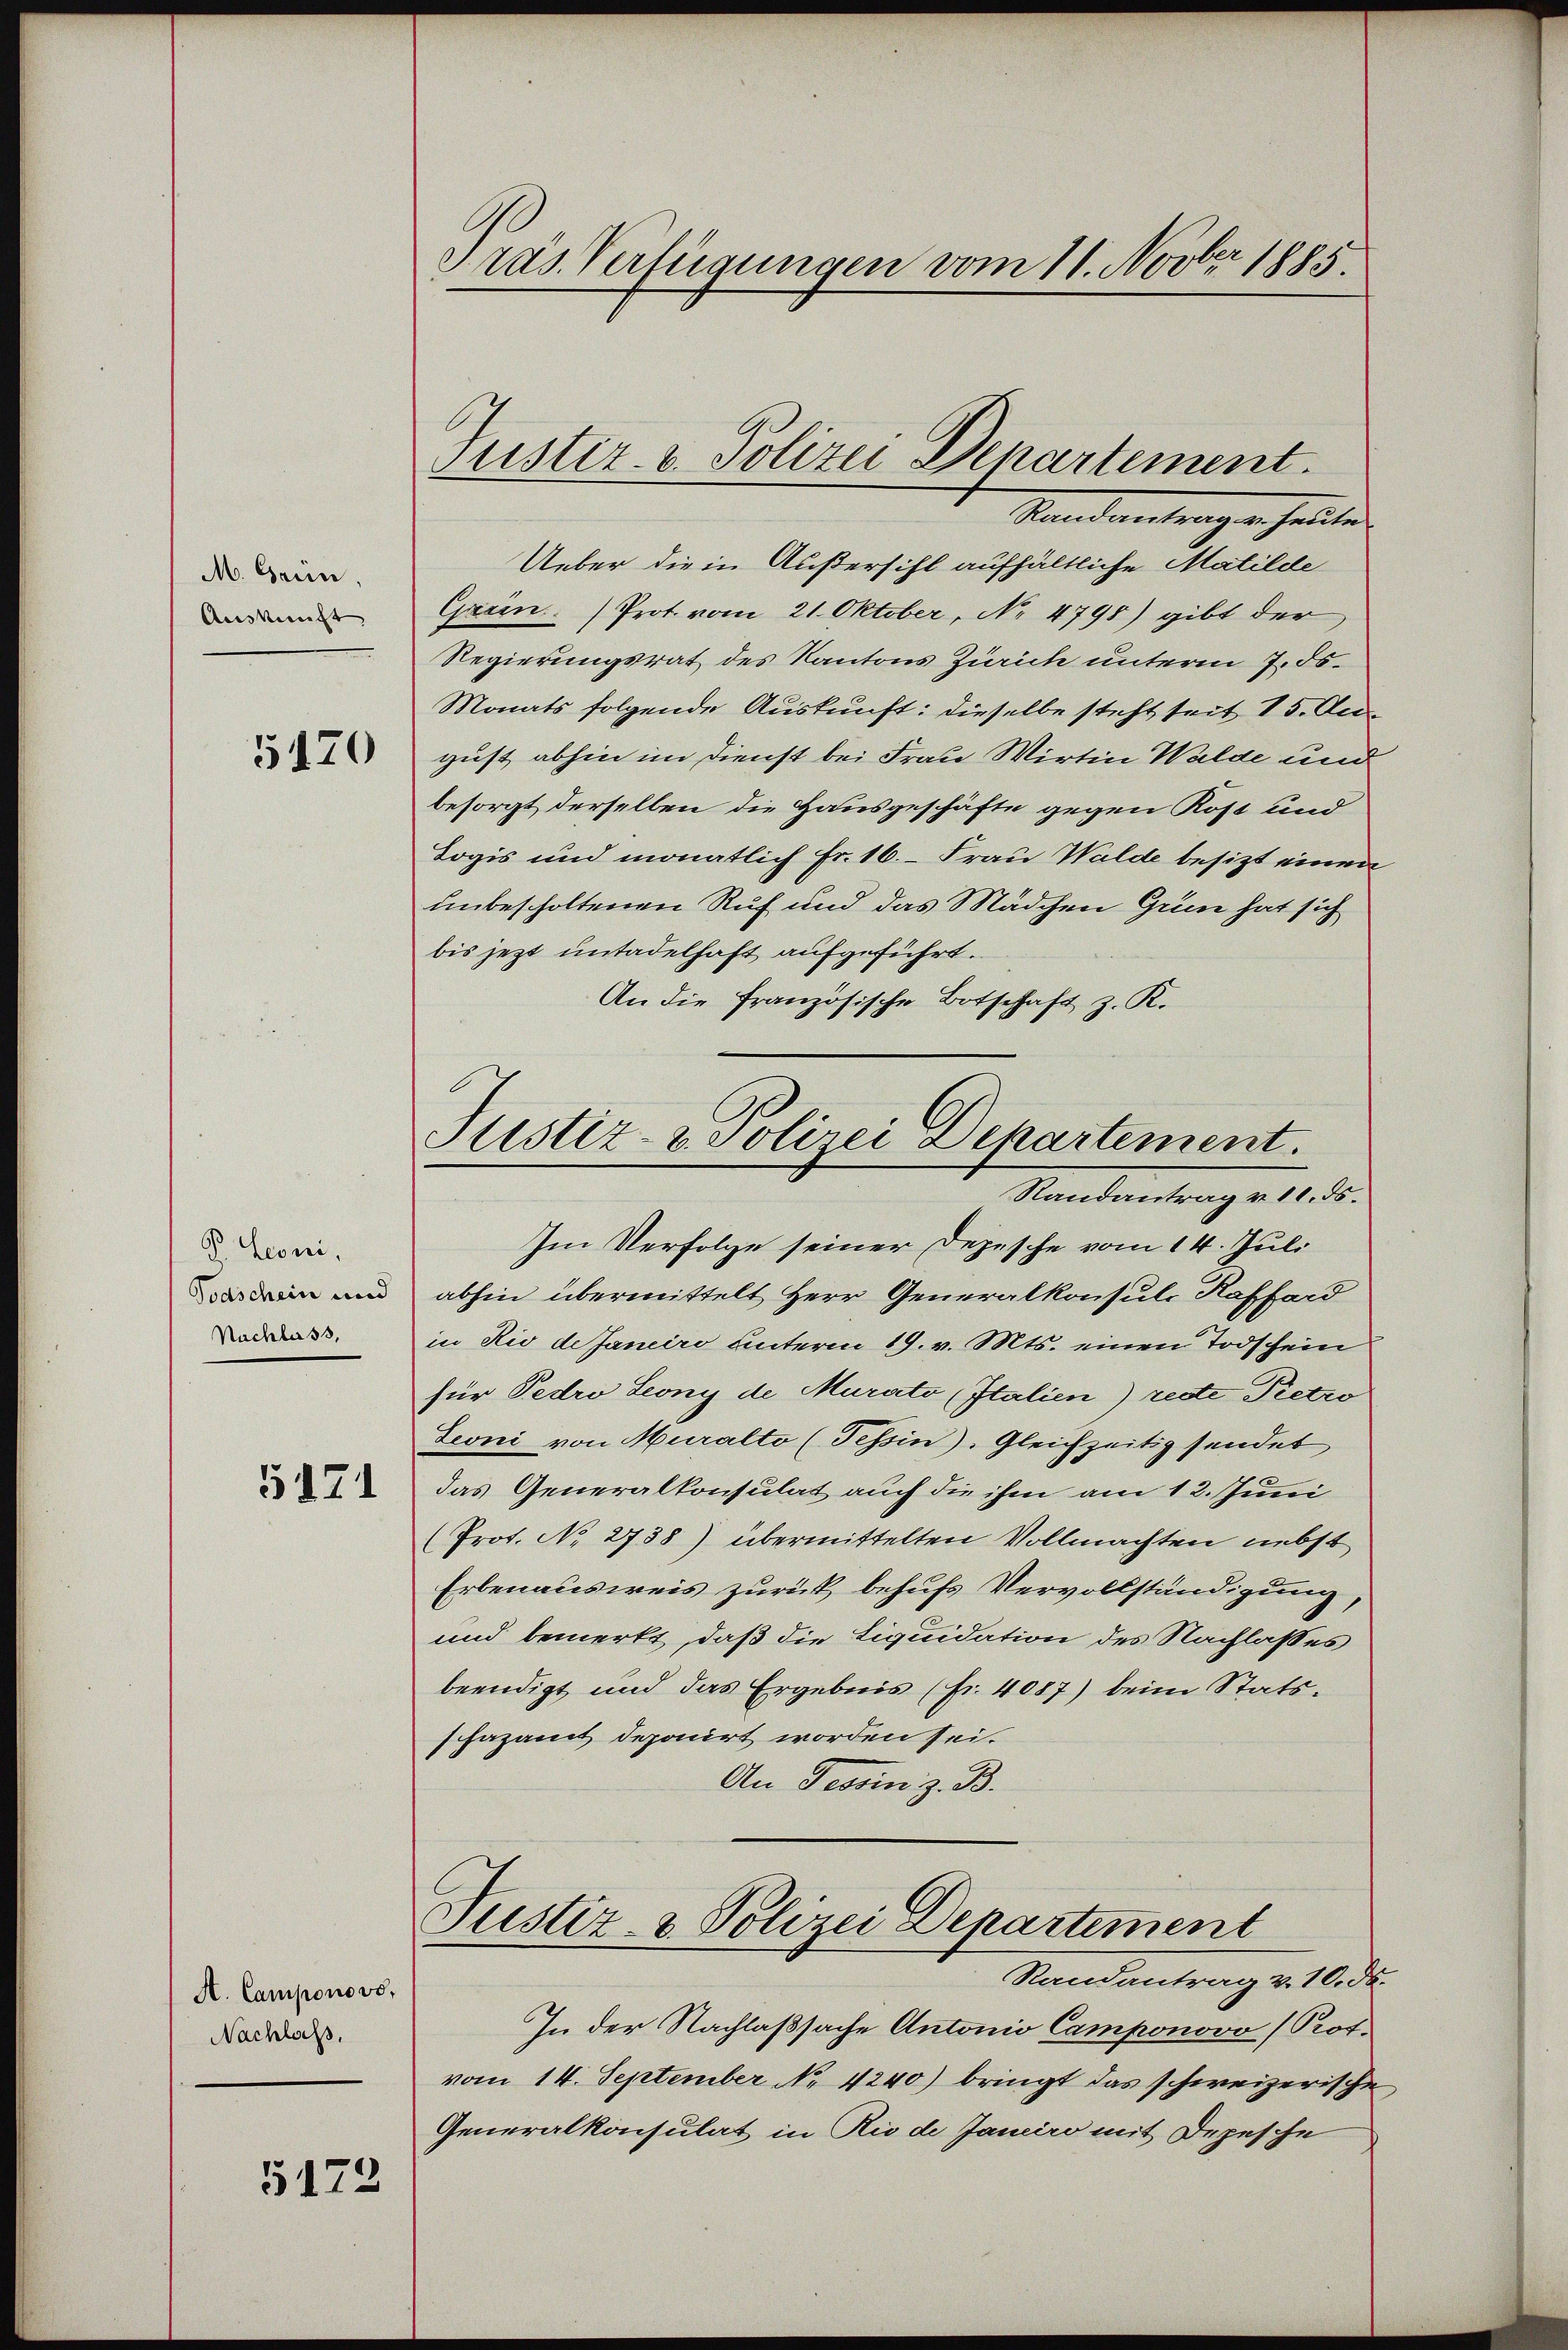
M. Gerin,
Auskunft.

5120

V. Leoni.
Todschein und
Nachlass,

5171

A. Camponovo,
Nachlass.

5172

Gras Verfügungen vom 11. Novber 1885.

Justiz- & Polizei Departement.
Standantragen heuten

Ueber die in Außersihl aufhältliche Matilde
Grein. Prot. vom 21. Oktober, No 4798) gibt der
Regierungsrat des Kantons Zürich unterm 7. ds.
Monats folgende Auskunft: dieselbe steht seit 15. Angust abhin im Dienst bei Frau Wirtin Walde und
besorgt derselben die Hausgeschäfte gegen Kost und
Logis und monatlich Fr. 16. Frau Walde besitzt einen
unbescholtenen Ruf und das Mädchen Grün hat sich
bis jetzt untadelhaft aufgeführt.
An die französische Botschaft z. K.
Justiz- u. Polizei Departement.
Randantrag v. 11. ds.
Im Verfolge seiner Depesche vom 14. Juli
abhin übermittelt Herr Generalkonsul Kaffend
in Rio de Janeiro unterm 19. v. Mts. einen Todschein
für Pedro Leony de Murato (Italien) reste Pietro
Leoni von Muralto (Tessin). Gleichzeitig sendet
das Generalkonsulat auch die ihm am 12. Juni
(Prot. No 2738) übermittelten Vollmachten nebst
Erbenausweis zurück behufs Vervollständigung,
und bemerkt, daß die Liquidation des Nachlasses
beendigt und das Ergebnis (fr. 4087) beim Statsschazamt deponirt worden sei.
An Tessin z. B.

Justiz- & Polizei Departement
Randantrag v. 10. ds.

In der Nachlaßsache Antonio Camponovo (Rotvom 14. September No 4240) bringt das schweizerische
Generalkonsulat in Rio de Janeiro mit Depesche